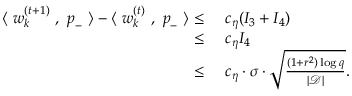
\begin{array} { r l } { \langle ~ { \boldsymbol w } _ { k } ^ { ( t + 1 ) } ~ , ~ { \boldsymbol p } _ { - } ~ \rangle - \langle ~ { \boldsymbol w } _ { k } ^ { ( t ) } ~ , ~ { \boldsymbol p } _ { - } ~ \rangle \le } & { ~ c _ { \eta } ( I _ { 3 } + I _ { 4 } ) } \\ { \le } & { ~ c _ { \eta } I _ { 4 } } \\ { \le } & { ~ c _ { \eta } \cdot \sigma \cdot \sqrt { \frac { ( 1 + r ^ { 2 } ) \log q } { | \mathcal { D } | } } . } \end{array}